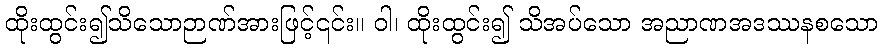
ထိုးထွင်း၍သိသောဉာဏ်အားဖြင့်၎င်း။ ဝါ၊ ထိုးထွင်း၍ သိအပ်သော အညာဏအဒဿနစသော